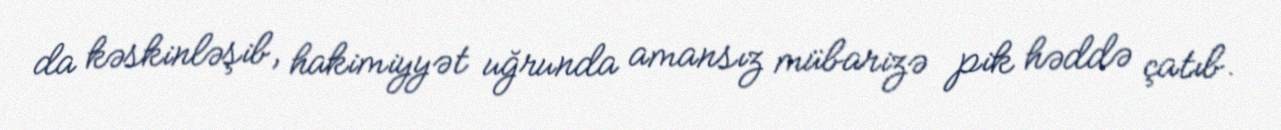
da kəskinləşib, hakimiyyət uğrunda amansız mübarizə pik həddə çatıb.